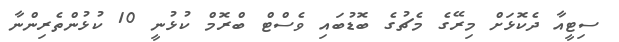
ސިޓީއާ ދެކޮޅަށް މިރޭގެ މެޗުގެ ބޮޑުބައި ވެސްޓް ބްރޮމް ކުޅުނީ 10 ކުޅުންތެރިންނާ